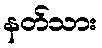
နတ်သား